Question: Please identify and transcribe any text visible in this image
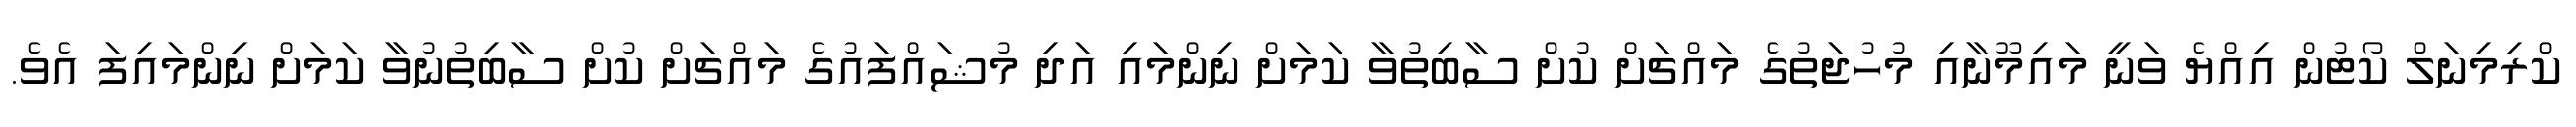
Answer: ކްރިމިނަލް ކޯޓުން އިއްޔެ ވަނީ މައިމޫނާއި މުހުޖަތުގެ މައްޗަށް ކުށް ސާބިތުވާ ކަމަށް ނިންމައި އަދި މުޝައްފައުގެ މައްޗަށް ކުށް ސާބިތުނުވާ ކަމަށް ނިންމައިފަ އެވެ.